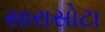
સારાસોટા